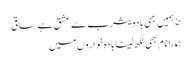
؏ ہمیں بھی بادہ یثرب سے عشق ہے ساقی
ہمارا نام بھی لکھ لینا بادہ خواروں میں